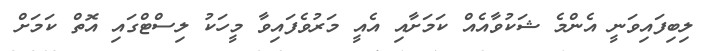
ލިބިފައިވަނީ އެންމެ ޝަކުވާއެއް ކަމަށާއި އެއީ މަރުވެފައިވާ މީހަކު ލިސްޓްގައި އޮތް ކަމަށް